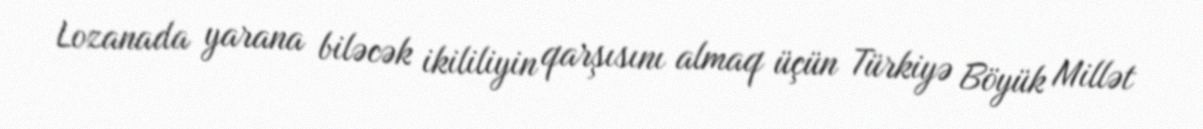
Lozanada yarana biləcək ikililiyin qarşısını almaq üçün Türkiyə Böyük Millət